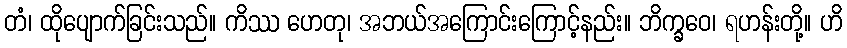
တံ၊ ထိုပျောက်ခြင်းသည်။ ကိဿ ဟေတု၊ အဘယ်အကြောင်းကြောင့်နည်း။ ဘိက္ခဝေ၊ ရဟန်းတို့။ ဟိ